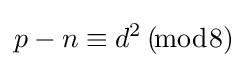
p-n\equiv d^{2}\,(\!{\bmod {8}})